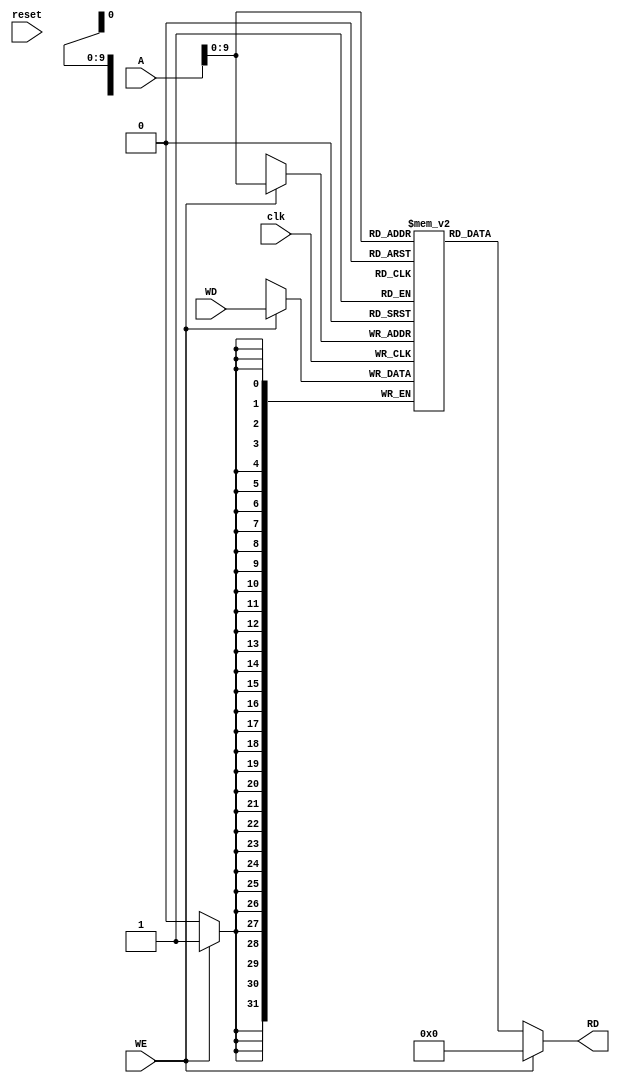
module Data_Memory(A, WD, clk, reset, WE, RD);

    input [31:0] A, WD;
    input clk, reset, WE;

    output [31:0] RD;

    reg [31:0] memory [1023:0];
    
    initial begin
    //   memory[0] = 32'h00000001;
    //   memory[1] = 32'h00000010;
    //   memory[2] = 32'h00000100;
    //   memory[3] = 32'h00001000;
    //   memory[4] = 32'h00010000;
    end

    // read
    assign RD = (WE == 1'b0) ? memory[A] : 32'h00000000;

    // write
    always @(posedge clk) begin
        if (WE == 1'b1) begin
            memory[A] <= WD; 
        end
    end

endmodule